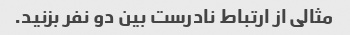
مثالی از ارتباط نادرست بین دو نفر بزنید.